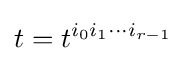
t=t^{i_{0}i_{1}\cdots i_{r-1}}